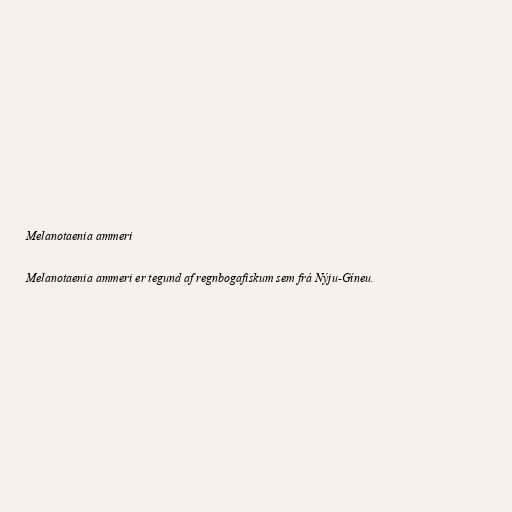
Melanotaenia ammeri

Melanotaenia ammeri er tegund af regnbogafiskum sem frá Nýju-Gíneu.